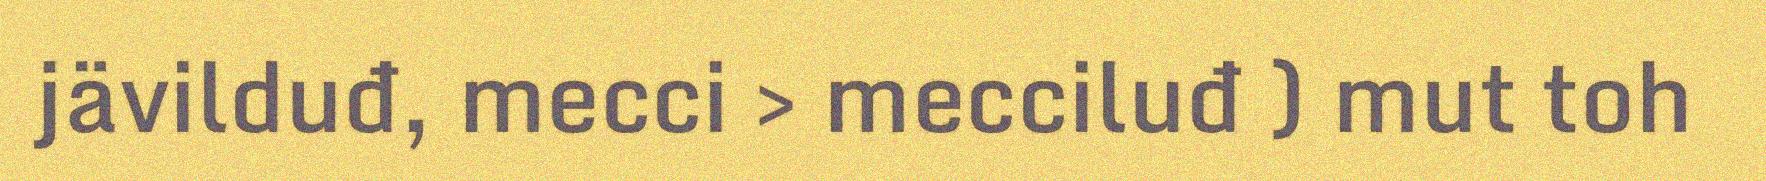
jävilduđ, mecci > mecciluđ ) mut toh